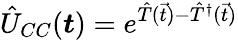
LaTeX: \hat{U}_{CC}(\boldsymbol{t})=e^{\hat{T}(\vec{t})-\hat{T}^{\dagger}(\vec{t})}